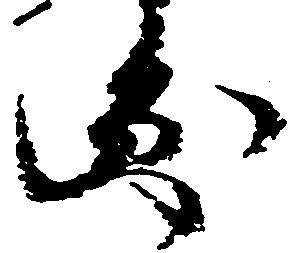
円